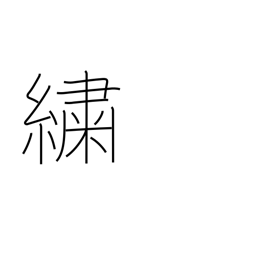
Meaning: figured cloth